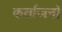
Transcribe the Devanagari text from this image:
कर्ताजनों